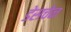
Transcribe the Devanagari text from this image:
डेसचेन